Vaccination in Burma 1920-1933 - 1920-1933
Year: 1920
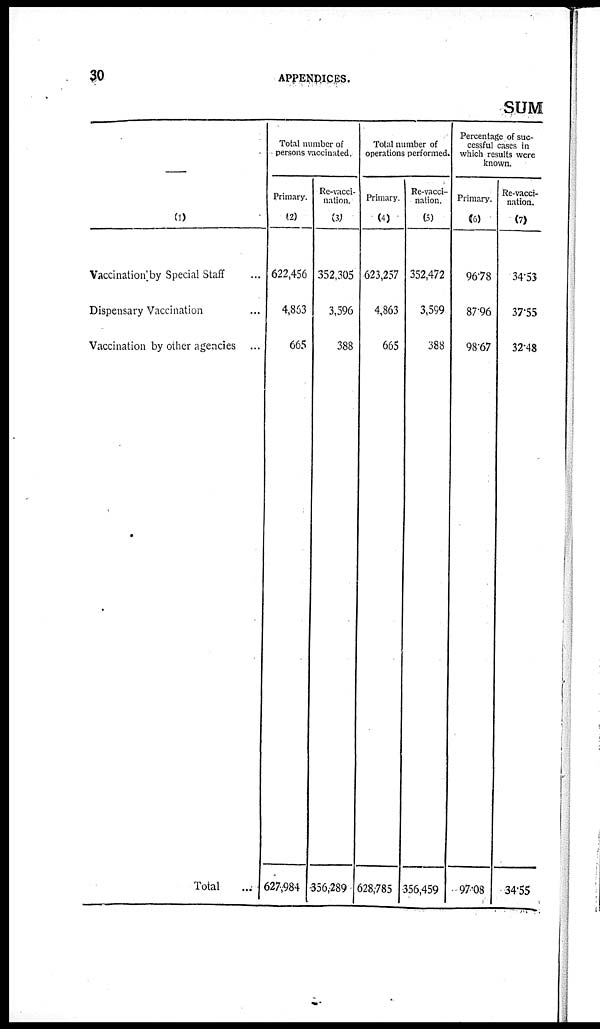
30
APPENDICES.
SUM
—
(1)
Vaccination by Special Staff...
Dispensary Vaccination...
Vaccination by other agencies ...
Total...
Total number of
persons vaccinated.
Primary.
(2)
622,456
4,863
665
627,984
Re-vacci-
nation.
(3)
352,305
3,596
388
356,289
Total number of
operations performed.
Primary.
(4)
623,257
4,863
665
628,785
Re-vacci-
nation.
(5)
352,472
3,599
388
356,459
Percentage of suc-
cessful cases in
which results were
known.
Primary.
(6)
96.78
87.96
98.67
97.08
Re-vacci-
nation.
(7)
34.53
37.55
32.48
34.55